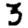
Digit: 3